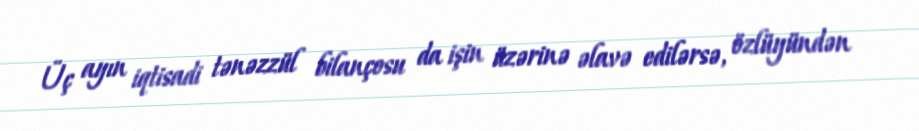
Üç ayın iqtisadi tənəzzül bilançosu da işin üzərinə əlavə edilərsə, özlüyündən